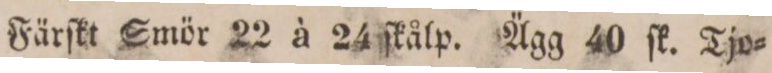
Färſkt Smör 22 à 24 ſkålp. Ägg 40 ſk. Tjo=